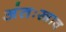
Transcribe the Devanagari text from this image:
अंतःस्त्राव